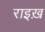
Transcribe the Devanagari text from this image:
राइख़